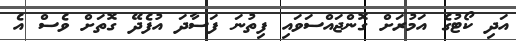
އަދި ކޯޓުގެ އަމުރަށް ގޮންޖައްސަވައި ފިތުނަ ފަސާދަ އުފެދޭ ގޮތަށް ވެސް އެ